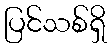
ပြင်သစ်ရှိ